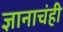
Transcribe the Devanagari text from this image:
ज्ञानाचंही